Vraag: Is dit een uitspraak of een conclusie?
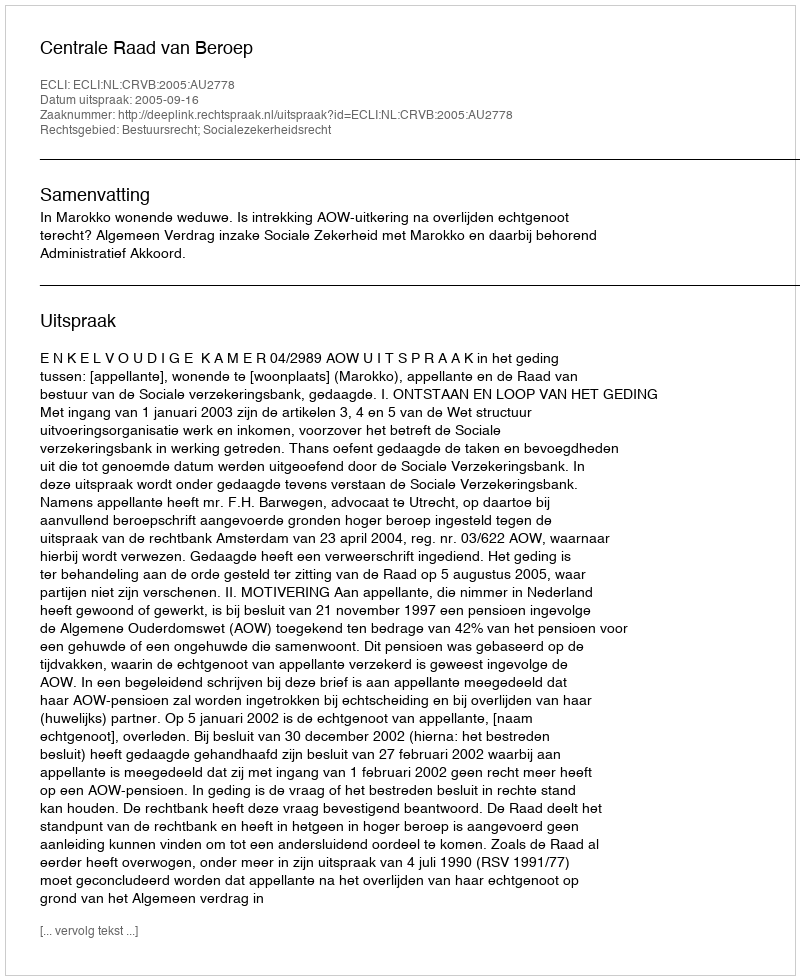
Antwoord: Uitspraak